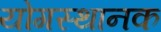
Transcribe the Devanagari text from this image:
योगस्थानक